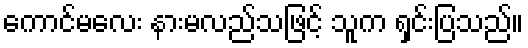
ကောင်မလေး နားမလည်သဖြင့် သူက ရှင်းပြသည်။